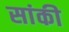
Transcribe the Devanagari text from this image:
सांकी